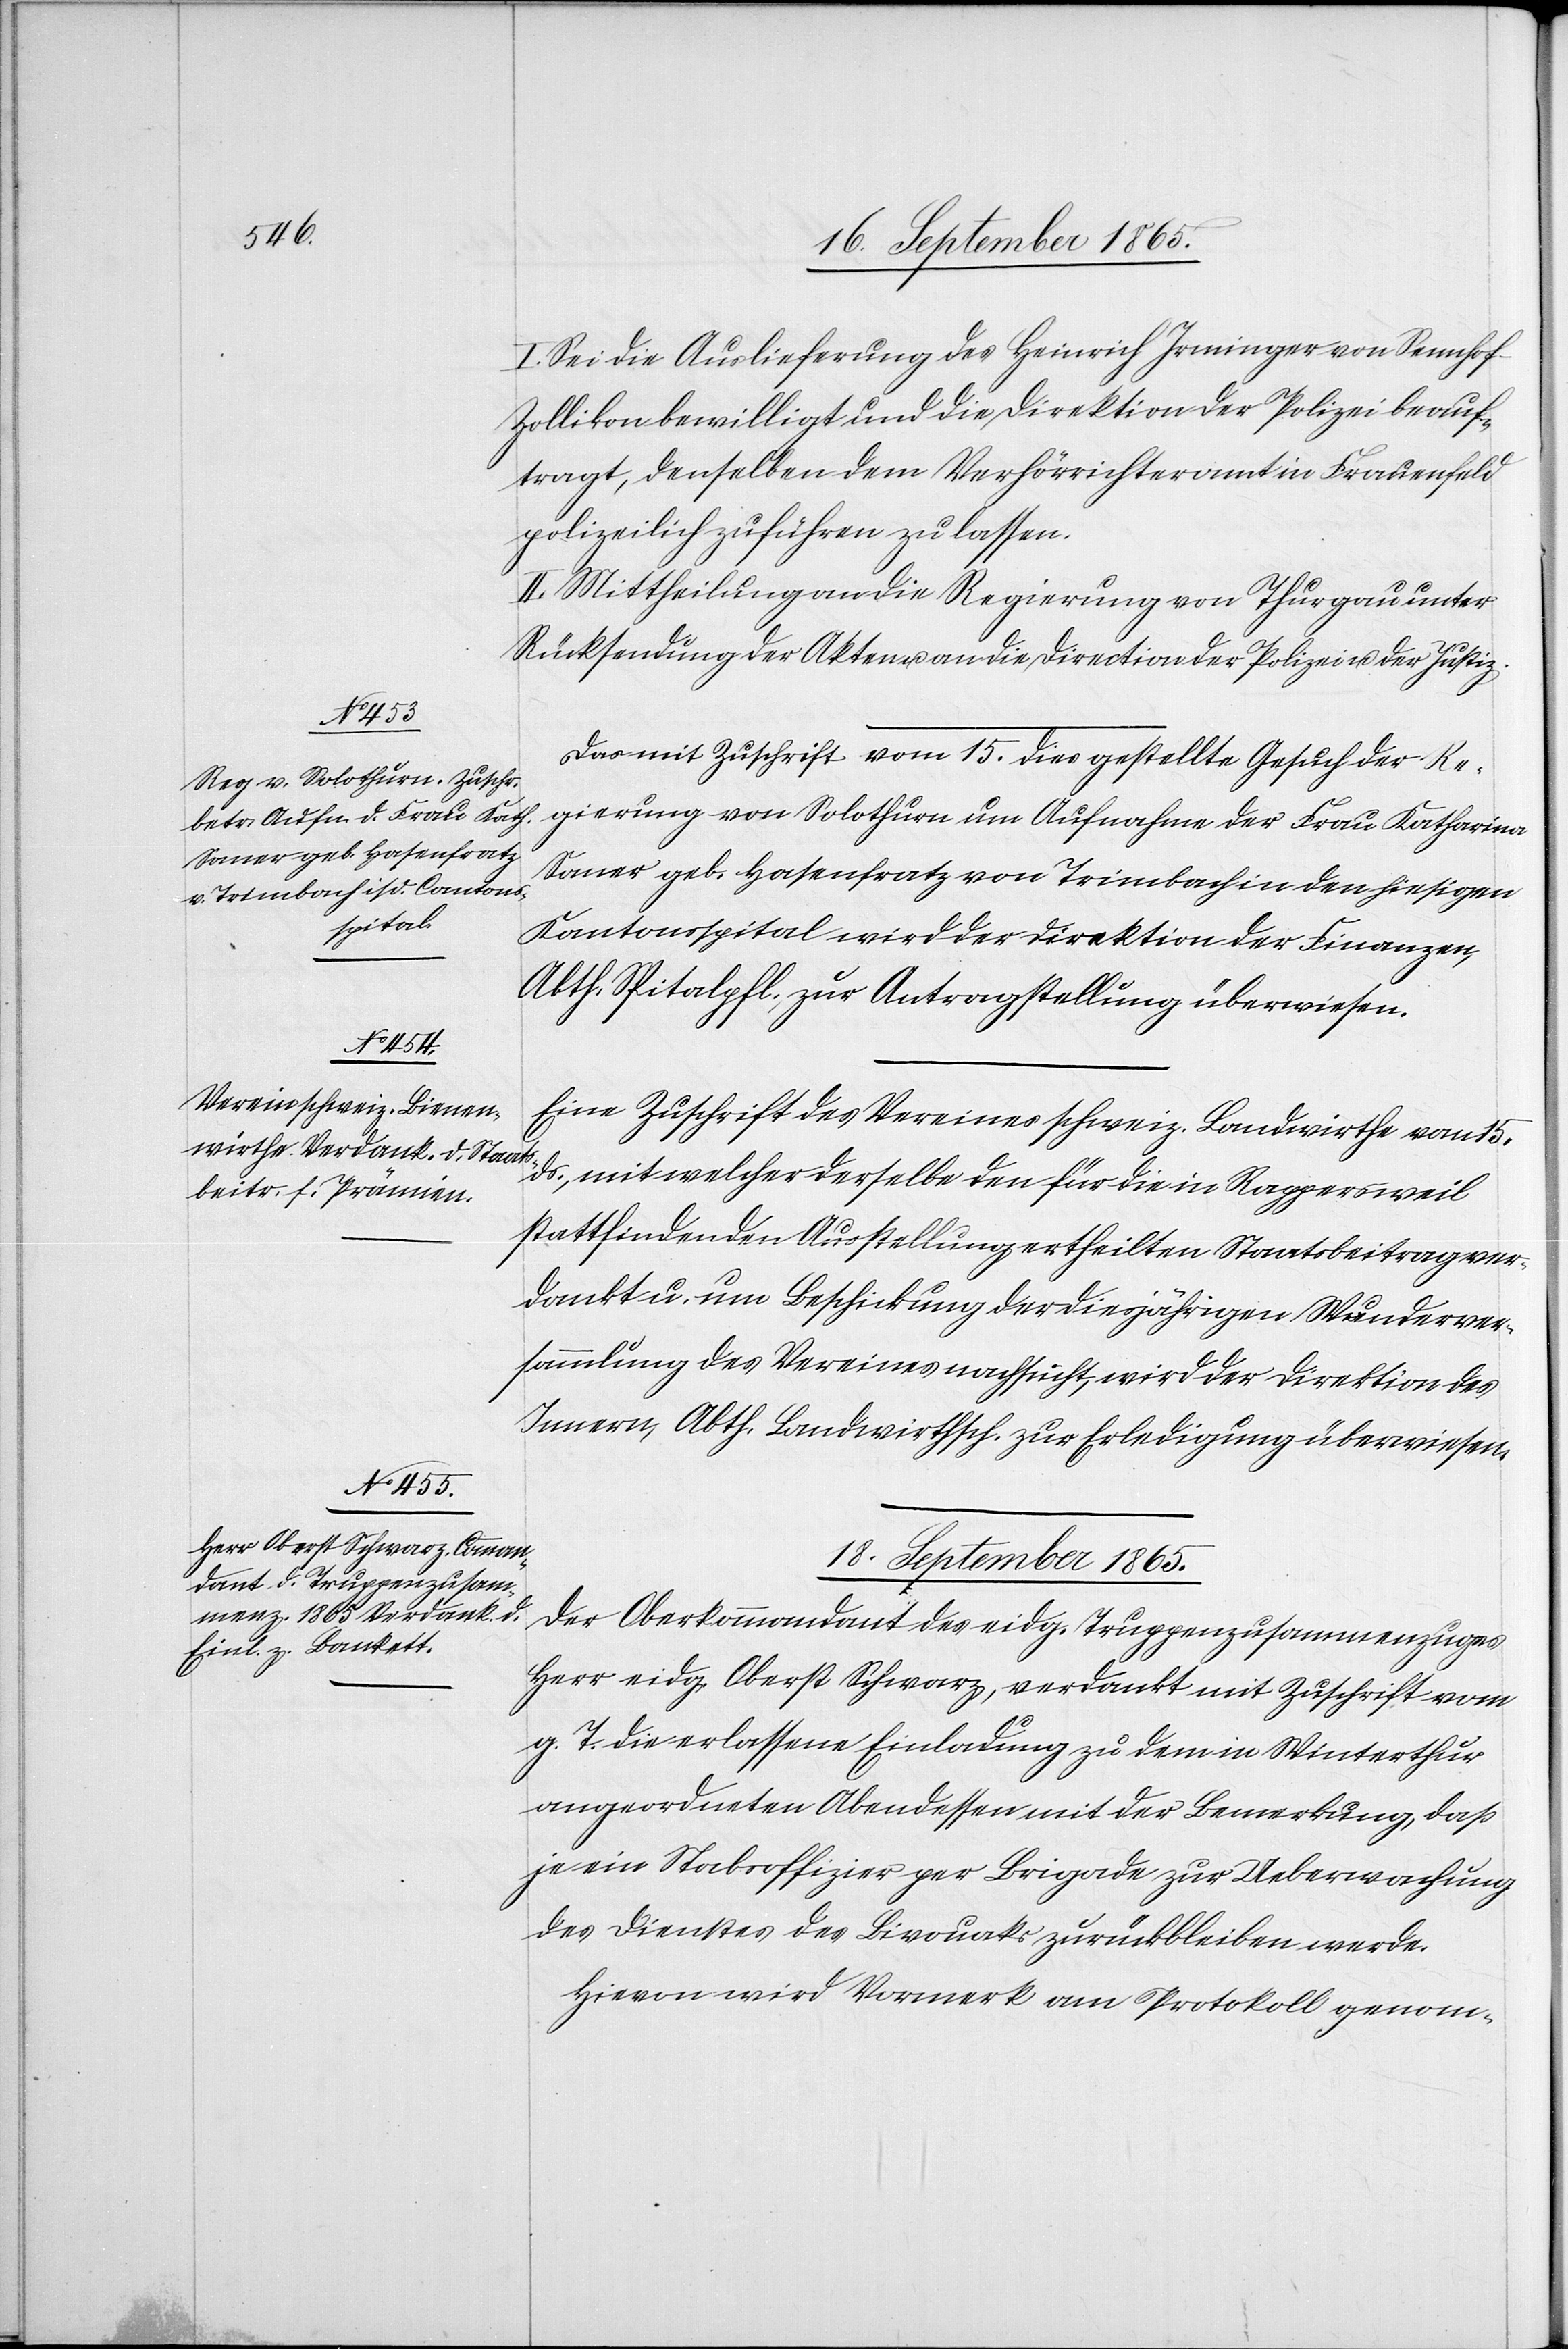
16. September 1865.]
I. Sei die Auslieferung des Heinrich Irminger von Sennho¬
f-Zollikon bewilligt und die Direktion der Polizei beauf¬
tragt, denselben dem Verhörrichteramt in Frauenfeld
polizeilich zuführen zu lassen.
II. Mittheilung an die Regierung von Thurgau unter
Rücksendung der Akten an die Direction der Polizei u. der Justiz.
Das mit Zuschrift vom 15. dies gestellte Gesuch der Re¬
gierung von Solothurn um Aufnahme der Frau Katharina
Saner geb. Hasenfratz von Trimbach in den hiesigen
Kantonsspital wird der Direktion der Finanzen,
Abth. Spitalpfl., zur Antragstellung überwiesen.
Eine Zuschrift des Vereins schweiz. Landwirthe vom 15.
ds., mit welcher derselbe den für die in Rappersweil
stattfindenden Ausstellung ertheilten Staatsbeitrag ver¬
dankt u. um Beschickung des diesjährigen Wunderver¬
sammlung des Vereines nachsucht, wird der Direktion des
Innern, Abth. Landwirthsch. zur Erledigung überwiesen.
18. September 1865.
Der Oberkommandant des eidg. Truppenzusammenzuges
Herr eidg. Oberst Schwarz, verdankt mit Zuschrift vom
g. T. die erlassene Einladung zu dem in Winterthur
angeordneten Abendessen mit der Bemerkung, daß
je ein Stabsoffizier per Brigade zur Ueberwachung
des Dienstes des Bivouaks zurückbleiben werde.
Hievon wird Vormerk am Protokoll genom-